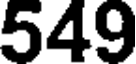
549